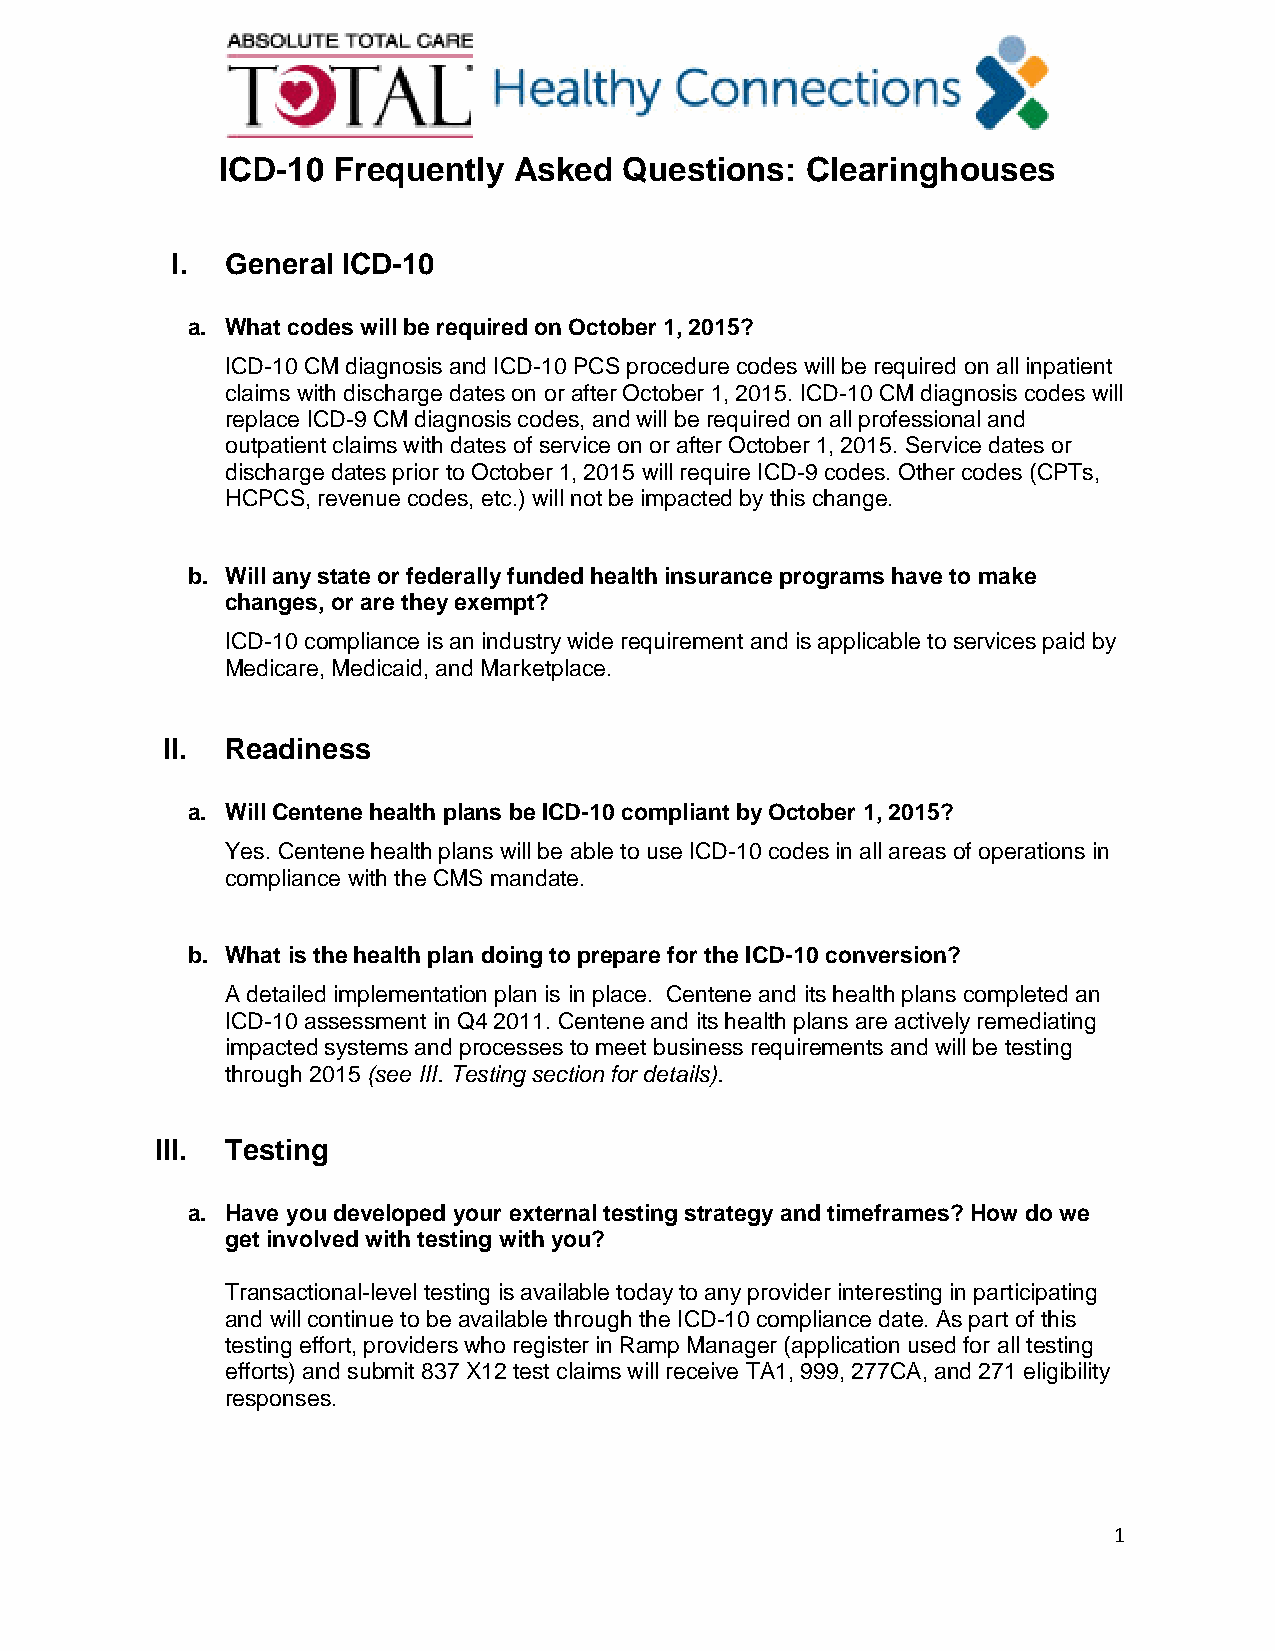
ICD-10  Frequently  Asked  Questions:  Clearinghouses
 I.  General ICD-10
 a. What codes will be required on October 1, 2015?
 ICD-10 CM diagnosis and ICD-10 PCS procedure codes will be required on all inpatient
 claims with discharge dates on or after October 1, 2015. ICD-10 CM diagnosis codes will
 replace ICD-9 CM diagnosis codes, and will be required on all professional and
 outpatient claims with dates of service on or after October 1, 2015. Service dates or
 discharge dates prior to October 1, 2015 will require ICD-9 codes. Other codes (CPTs,
 HCPCS, revenue codes, etc.) will not be impacted by this change.
 b. Will any state or federally funded health insurance programs have to make
 changes, or are they exempt?
 ICD-10 compliance is an industry wide requirement and is applicable to services paid by
 Medicare, Medicaid, and Marketplace.
 II. Readiness
 a. Will Centene health plans be ICD-10 compliant by October 1, 2015?
 Yes. Centene health plans will be able to use ICD-10 codes in all areas of operations in
 compliance with the CMS mandate.
 b. What is the health plan doing to prepare for the ICD-10 conversion?
 A detailed implementation plan is in place. Centene and its health plans completed an
 ICD-10 assessment in Q4 2011. Centene and its health plans are actively remediating
 impacted systems and processes to meet business requirements and will be testing
 through 2015 (see III. Testing section for details).
 III. Testing
 a. Have you developed your external testing strategy and timeframes? How do we
 get involved with testing with you?
 Transactional-level testing is available today to any provider interesting in participating
 and will continue to be available through the ICD-10 compliance date. As part of this
 testing effort, providers who register in Ramp Manager (application used for all testing
 efforts) and submit 837 X12 test claims will receive TA1, 999, 277CA, and 271 eligibility
 responses.
 1